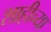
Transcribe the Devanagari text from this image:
शाहीच्या